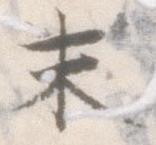
末